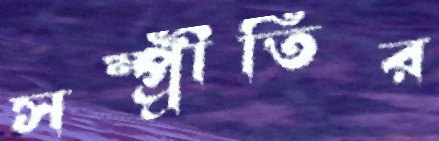
সম্প্র্রীতির